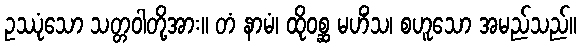
ဥဿုံသော သတ္တဝါတို့အား။ တံ နာမံ၊ ထိုဝစ္ဆ မဟိံသ၊ စဟူသော အမည်သည်။